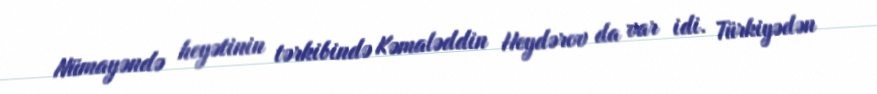
Nümayəndə heyətinin tərkibində Kəmaləddin Heydərov da var idi. Türkiyədən